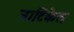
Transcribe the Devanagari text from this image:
नाटिकेत